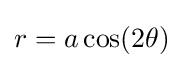
r=a\cos(2\theta )